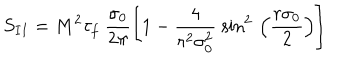
S _ { I I } = M ^ { 2 } \tau _ { f } ~ \frac { \sigma _ { 0 } } { 2 \pi } \left[ 1 - \frac { 4 } { r ^ { 2 } \sigma _ { 0 } ^ { 2 } } ~ { \sin } ^ { 2 } \, \left( \frac { r \sigma _ { 0 } } { 2 } \right) \right]